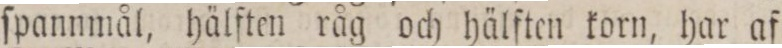
ſpannmål, hälften råg och hälften korn, har af